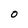
Character: 0